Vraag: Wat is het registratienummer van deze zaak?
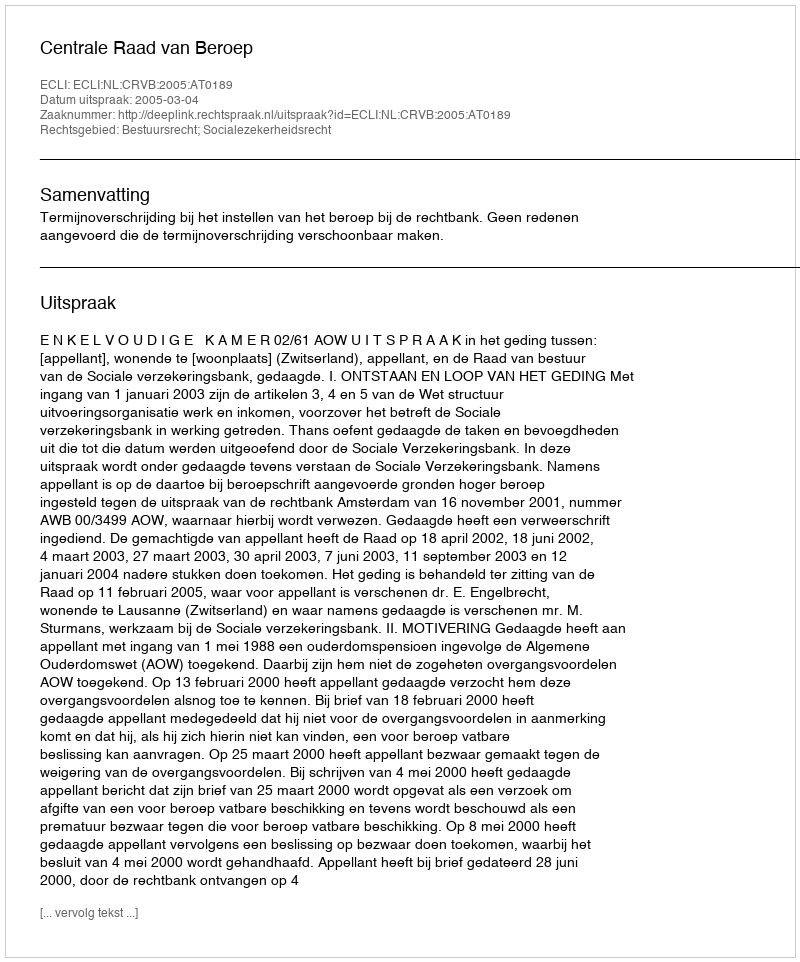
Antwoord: http://deeplink.rechtspraak.nl/uitspraak?id=ECLI:NL:CRVB:2005:AT0189